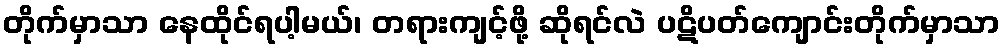
တိုက်မှာသာ နေထိုင်ရပါ့မယ်၊ တရားကျင့်ဖို့ ဆိုရင်လဲ ပဋိပတ်ကျောင်းတိုက်မှာသာ